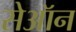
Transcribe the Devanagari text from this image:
सेऑन